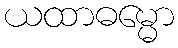
ယထာဓမ္မော